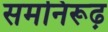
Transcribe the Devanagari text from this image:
समनिरूढ़